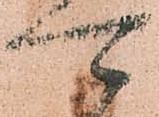
可